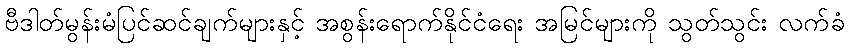
ဗီဒါတ်မွန်းမံပြင်ဆင်ချက်များနှင့် အစွန်းရောက်နိုင်ငံရေး အမြင်များကို သွတ်သွင်း လက်ခံ